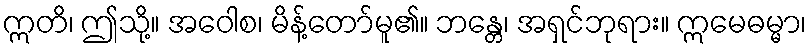
ဣတိ၊ ဤသို့။ အဝေါစ၊ မိန့်တော်မူ၏။ ဘန္တေ၊ အရှင်ဘုရား။ ဣမေဓမ္မာ၊